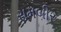
રામબીર